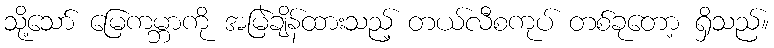
သို့သော် မြေကမ္ဘာကို အမြဲချိန်ထားသည့် တယ်လီစကုပ် တစ်ခုတော့ ရှိသည်။